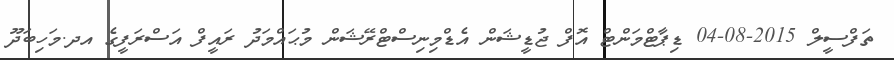
ތަފްސީލް 2015-08-04 ޑިޕާޓްމަންޓް އޮފް ޖުޑީޝަން އެޑްމިނިސްޓްރޭޝަން މުޙައްމަދު ރައީފް އަސްރަފީގެ އދ.މަހިބަދޫ